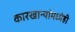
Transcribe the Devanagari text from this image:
कारखान्यांमध्येही